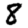
Digit: 8